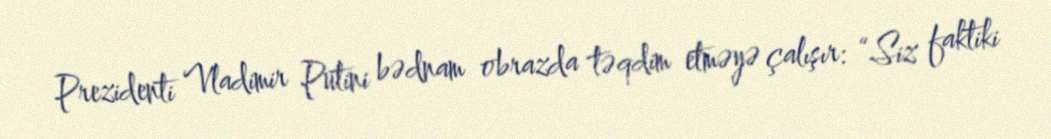
Prezidenti Vladimir Putini bədnam obrazda təqdim etməyə çalışır: “Siz faktiki